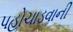
પહોચાડવાની